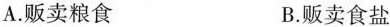
A.贩卖粮食 B.贩卖食盐